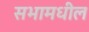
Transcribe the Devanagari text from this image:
सभामधील